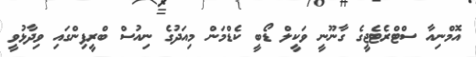
އޮމްނިއާ ސްޓްރެޓެޖީގެ ގާނޫނީ ވަކީލް ޑޯބީ ކެޑްމަން މިއަދުގެ ނިއުސް ބްރީފިންގައި ވިދާޅުވީ